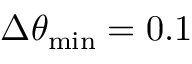
\Delta \theta _ { \mathrm { { m i n } } } = 0 . 1